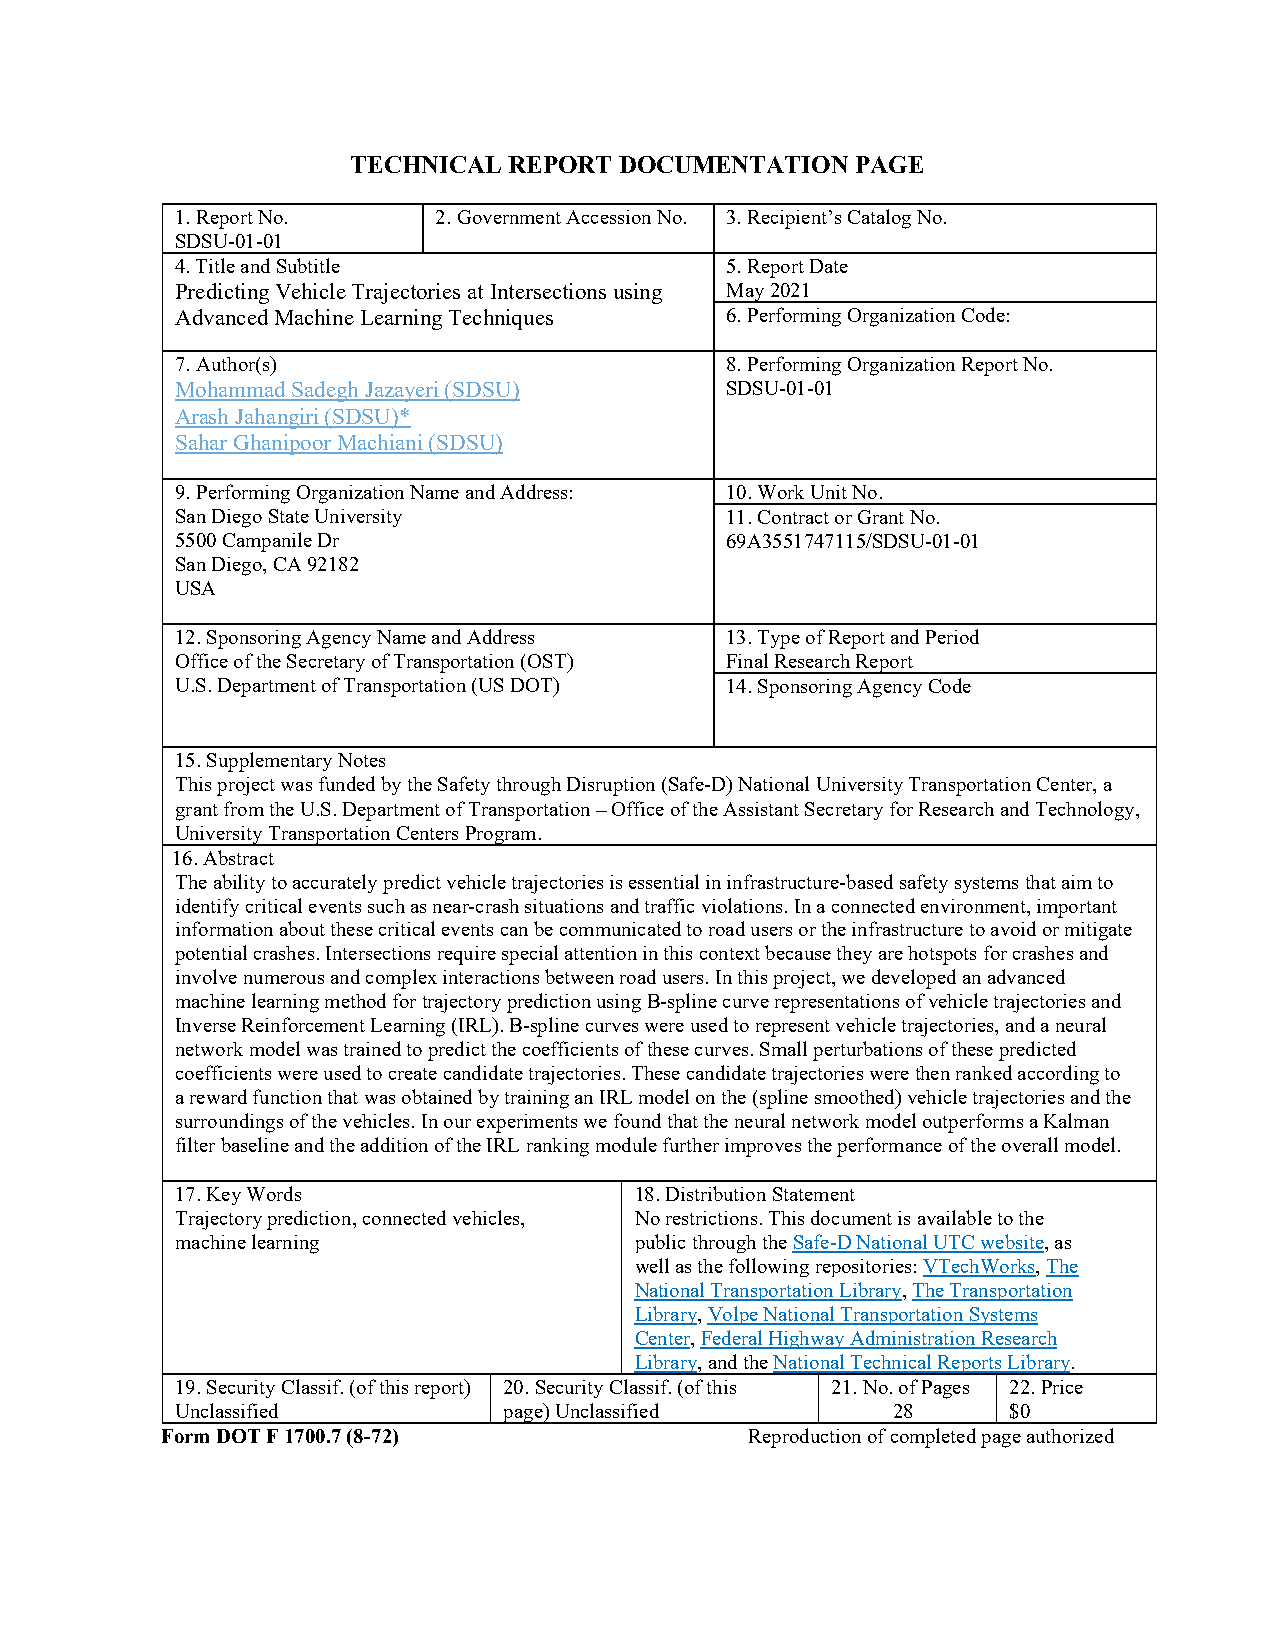
TECHNICAL  REPORT DOCUMENTATION   PAGE
 1. Report No.    2. Government Accession No. 3. Recipient’s Catalog No.
 SDSU-01-01
 4. Title and Subtitle               5. Report Date
 Predicting Vehicle Trajectories at Intersections using May 2021
 Advanced Machine Learning Techniques 6. Performing Organization Code:
 7. Author(s)                        8. Performing Organization Report No.
 Mohammad Sadegh Jazayeri (SDSU)     SDSU-01-01
 Arash Jahangiri (SDSU)*
 Sahar Ghanipoor Machiani (SDSU)
 9. Performing Organization Name and Address: 10. Work Unit No.
 San Diego State University          11. Contract or Grant No.
 5500 Campanile Dr                   69A3551747115/SDSU-01-01
 San Diego, CA 92182
 USA
 12. Sponsoring Agency Name and Address 13. Type of Report and Period
 Office of the Secretary of Transportation (OST) Final Research Report
 U.S. Department of Transportation (US DOT) 14. Sponsoring Agency Code
 15. Supplementary Notes
 This project was funded by the Safety through Disruption (Safe-D) National University Transportation Center, a
 grant from the U.S. Department of Transportation – Office of the Assistant Secretary for Research and Technology,
 University Transportation Centers Program.
 16. Abstract
 The ability to accurately predict vehicle trajectories is essential in infrastructure-based safety systems that aim to
 identify critical events such as near-crash situations and traffic violations. In a connected environment, important
 information about these critical events can be communicated to road users or the infrastructure to avoid or mitigate
 potential crashes. Intersections require special attention in this context because they are hotspots for crashes and
 involve numerous and complex interactions between road users. In this project, we developed an advanced
 machine learning method for trajectory prediction using B-spline curve representations of vehicle trajectories and
 Inverse Reinforcement Learning (IRL). B-spline curves were used to represent vehicle trajectories, and a neural
 network model was trained to predict the coefficients of these curves. Small perturbations of these predicted
 coefficients were used to create candidate trajectories. These candidate trajectories were then ranked according to
 a reward function that was obtained by training an IRL model on the (spline smoothed) vehicle trajectories and the
 surroundings of the vehicles. In our experiments we found that the neural network model outperforms a Kalman
 filter baseline and the addition of the IRL ranking module further improves the performance of the overall model.
 17. Key Words                 18. Distribution Statement
 Trajectory prediction, connected vehicles, No restrictions. This document is available to the
 machine learning              public through the Safe-D National UTC website, as
 well as the following repositories: VTechWorks, The
 National Transportation Library, The Transportation
 Library, Volpe National Transportation Systems
 Center, Federal Highway Administration Research
 Library, and the National Technical Reports Library.
 19. Security Classif. (of this report) 20. Security Classif. (of this 21. No. of Pages 22. Price
 Unclassified         page) Unclassified        28      $0
 Form DOT F 1700.7 (8-72)               Reproduction of completed page authorized